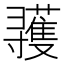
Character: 彟